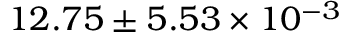
1 2 . 7 5 \pm 5 . 5 3 \times 1 0 ^ { - 3 }